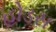
હોડસ